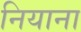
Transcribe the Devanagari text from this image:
नियाना